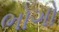
ભોગો